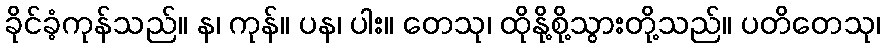
ခိုင်ခံ့ကုန်သည်။ န၊ ကုန်။ ပန၊ ပါး။ တေသု၊ ထိုနို့စို့သွားတို့သည်။ ပတိတေသု၊